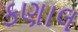
કણાલ